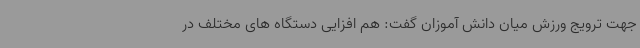
جهت ترویج ورزش میان دانش آموزان گفت: هم افزایی دستگاه های مختلف در